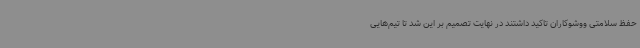
حفظ سلامتی ووشوکاران تاکید داشتند در نهایت تصمیم بر این شد تا تیم‌هایی